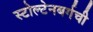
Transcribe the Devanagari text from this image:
स्टोल्टेनबर्गची